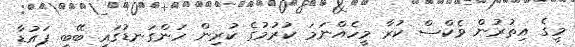
މީގެ އިތުރުން ވެކްސް ކުރާ މީހެއްނަމަ ކުރުމުގެ ކުރިން ހަންގަނޑުގައި ބޭބީ ޕައުޑާ